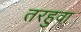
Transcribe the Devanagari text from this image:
तरहुवा